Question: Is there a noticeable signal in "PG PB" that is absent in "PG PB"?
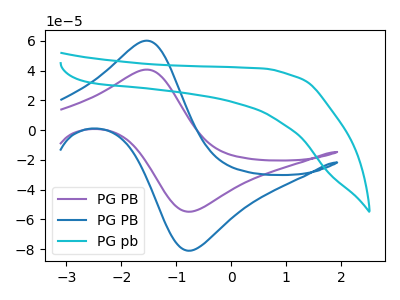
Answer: <think>The purple curve "PG PB" has an anodic peak at (-1.55V, 40.60uA) and a cathodic peak at (-0.75V, -54.70uA). The blue curve "PG PB" has an anodic peak at (-1.55V, 60.00uA) and a cathodic peak at (-0.75V, -80.85uA). The cyan curve "PG pb" has no peaks.
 All the peaks in "PG PB" have a peak in "PG PB" at the same potential. Every peak in "PG PB" is higher than every peak in "PG PB".</think>
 <answer>No, "PG PB" and "PG PB" don't appear to be significantly different in shape</answer>
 <eval>no_change</eval>